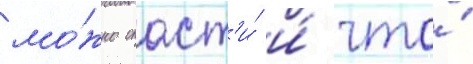
мо́жно спаст'и́ и́ что́